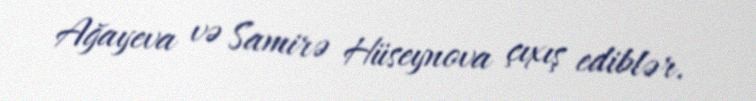
Ağayeva və Samirə Hüseynova çıxış ediblər.